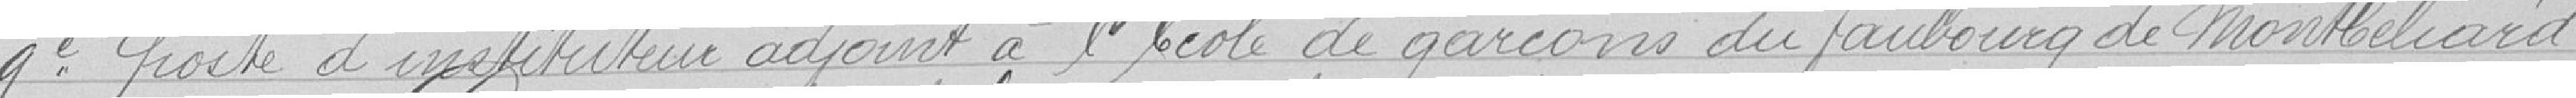
neuvième poste d'instituteur adjoint à l'école de garçons du faubourg de Montbéliard.